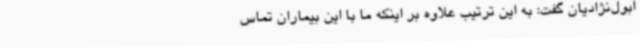
ابول‌نژادیان گفت: به این ترتیب علاوه بر اینکه ما با این بیماران تماس